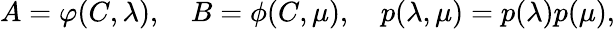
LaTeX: \begin{array}{r}{A=\varphi(C,\lambda),\quad B=\phi(C,\mu),\quad p(\lambda,\mu)=p(\lambda)p(\mu),}\end{array}